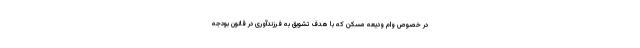
در خصوص وام ودیعه مسکن که با هدف تشویق به فرزندآوری در قانون بودجه